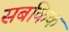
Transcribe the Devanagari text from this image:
सबकिक